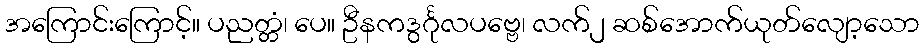
အကြောင်းကြောင့်။ ပညတ္တံ၊ ပေ။ ဦနကဒွင်္ဂုလပဗ္ဗေ၊ လက်၂ ဆစ်အောက်ယုတ်လျော့သော